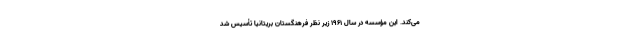
می‌کند. این مؤسسه در سال ۱۹۶۱ زیر نظر فرهنگستان بریتانیا تأسیس شد